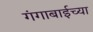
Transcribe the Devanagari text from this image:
गंगाबाईच्या